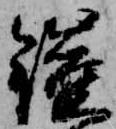
鎧